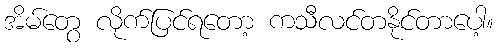
အိမ်တွေ လိုက်ပြင်ရတော့ ကသီလင်တနိုင်တာပေါ့။